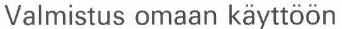
Valmistus omaan käyttöön